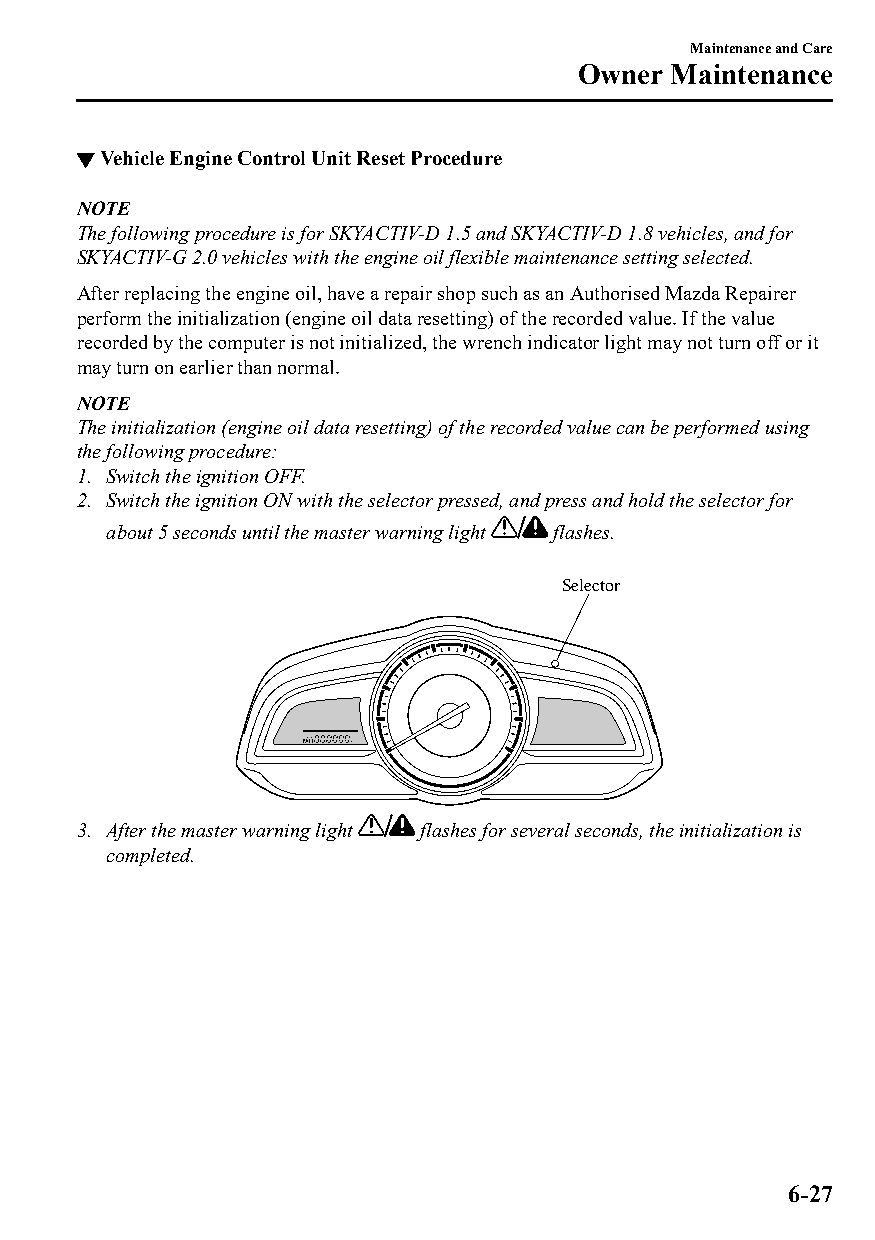
Maintenance and Care
 Owner Maintenance
 ▼Vehicle Engine Control Unit Reset Procedure
 NOTE
 The following procedure is for SKYACTIV-D 1.5 and SKYACTIV-D 1.8 vehicles, and for
 SKYACTIV-G 2.0 vehicles with the engine oil flexible maintenance setting selected.
 After replacing the engine oil, have a repair shop such as an Authorised Mazda Repairer
 perform the initialization (engine oil data resetting) of the recorded value. If the value
 recorded by the computer is not initialized, the wrench indicator light may not turn off or it
 may turn on earlier than normal.
 NOTE
 The initialization (engine oil data resetting) of the recorded value can be performed using
 the following procedure:
 1. Switch the ignition OFF.
 2. Switch the ignition ON with the selector pressed, and press and hold the selector for
 about 5 seconds until the master warning light flashes.
 Selector
 3. After the master warning light flashes for several seconds, the initialization is
 completed.
 6-27
 CX-3_8GT4-EE-18D_Edition4                  2018-9-6 18:32:19